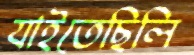
যাইতেছিলি